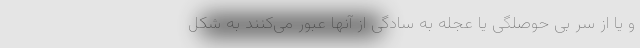
و یا از سر بی حوصلگی یا عجله به سادگی از آنها عبور می‌کنند به شکل